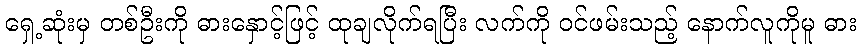
ရှေ့ဆုံးမှ တစ်ဦးကို ဓားနှောင့်ဖြင့် ထုချလိုက်ရပြီး လက်ကို ဝင်ဖမ်းသည့် နောက်လူကိုမူ ဓား